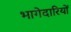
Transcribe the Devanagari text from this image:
भागेदारियों